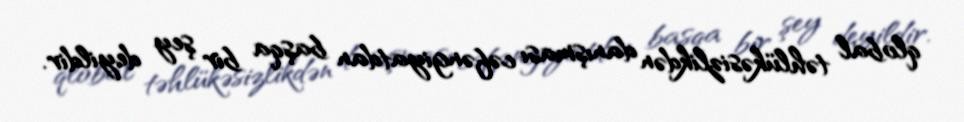
qlobal təhlükəsizlikdən danışması cəfəngiyatdan başqa bir şey deyildir.